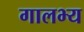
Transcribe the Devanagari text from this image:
गालभ्य